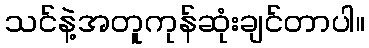
သင်နဲ့အတူကုန်ဆုံးချင်တာပါ။